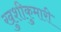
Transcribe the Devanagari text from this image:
खुशीकुमारी